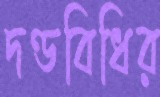
দণ্ডবিধির